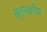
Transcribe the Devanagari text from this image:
स्तनकोप